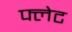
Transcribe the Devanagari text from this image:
फ्लेट